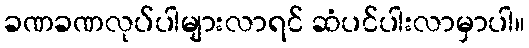
ခဏခဏလုပ်ပါများလာရင် ဆံပင်ပါးလာမှာပါ။